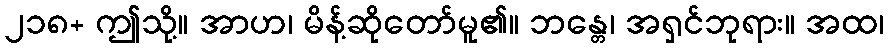
၂၁၈+ ဤသို့။ အာဟ၊ မိန့်ဆိုတော်မူ၏။ ဘန္တေ၊ အရှင်ဘုရား။ အထ၊